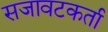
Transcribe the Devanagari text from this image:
सजावटकर्ता